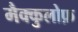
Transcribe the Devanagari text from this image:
मैक्कुलोफ़